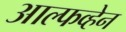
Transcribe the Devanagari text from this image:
आल्फव्हेन